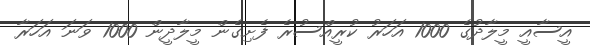
އީސާއީ މީލާދުގެ 1000 އަހަރު ކުރީއްސުރެ ފެށިގެން މީލާދީން 1000 ވަނަ އަހަރާ